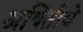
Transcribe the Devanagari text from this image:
अथितींचे